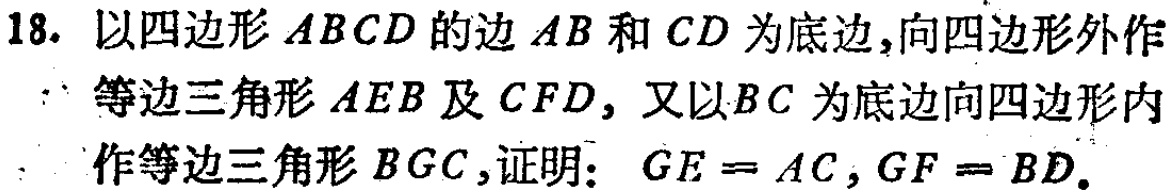
18. 以四边形\(ABCD\)的边\(AB\)和\(CD\)为底边，向四边形外作等边三角形\(AEB\)及\(CFD\)，又以\(BC\)为底边向四边形内作等边三角形\(BGC\)，证明：\(GE = AC\)，\(GF = BD\)。